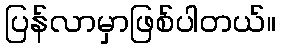
ပြန်လာမှာဖြစ်ပါတယ်။